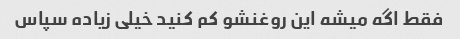
فقط اگه میشه این روغنشو کم کنید خیلی زیاده سپاس